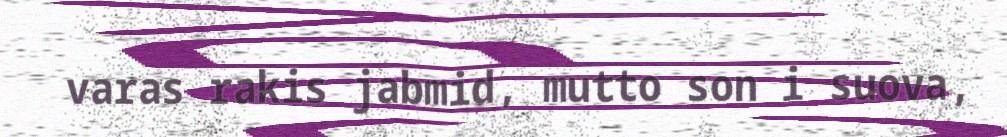
varas rakis jabmid, mutto son i suova,